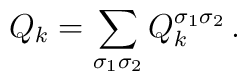
Q_k = \sum_{\sigma_1 \sigma_2} Q_k^{\sigma_1 \sigma_2}\,.